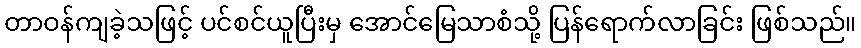
တာဝန်ကျခဲ့သဖြင့် ပင်စင်ယူပြီးမှ အောင်မြေသာစံသို့ ပြန်ရောက်လာခြင်း ဖြစ်သည်။